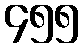
၄၅၅